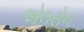
એલરોન